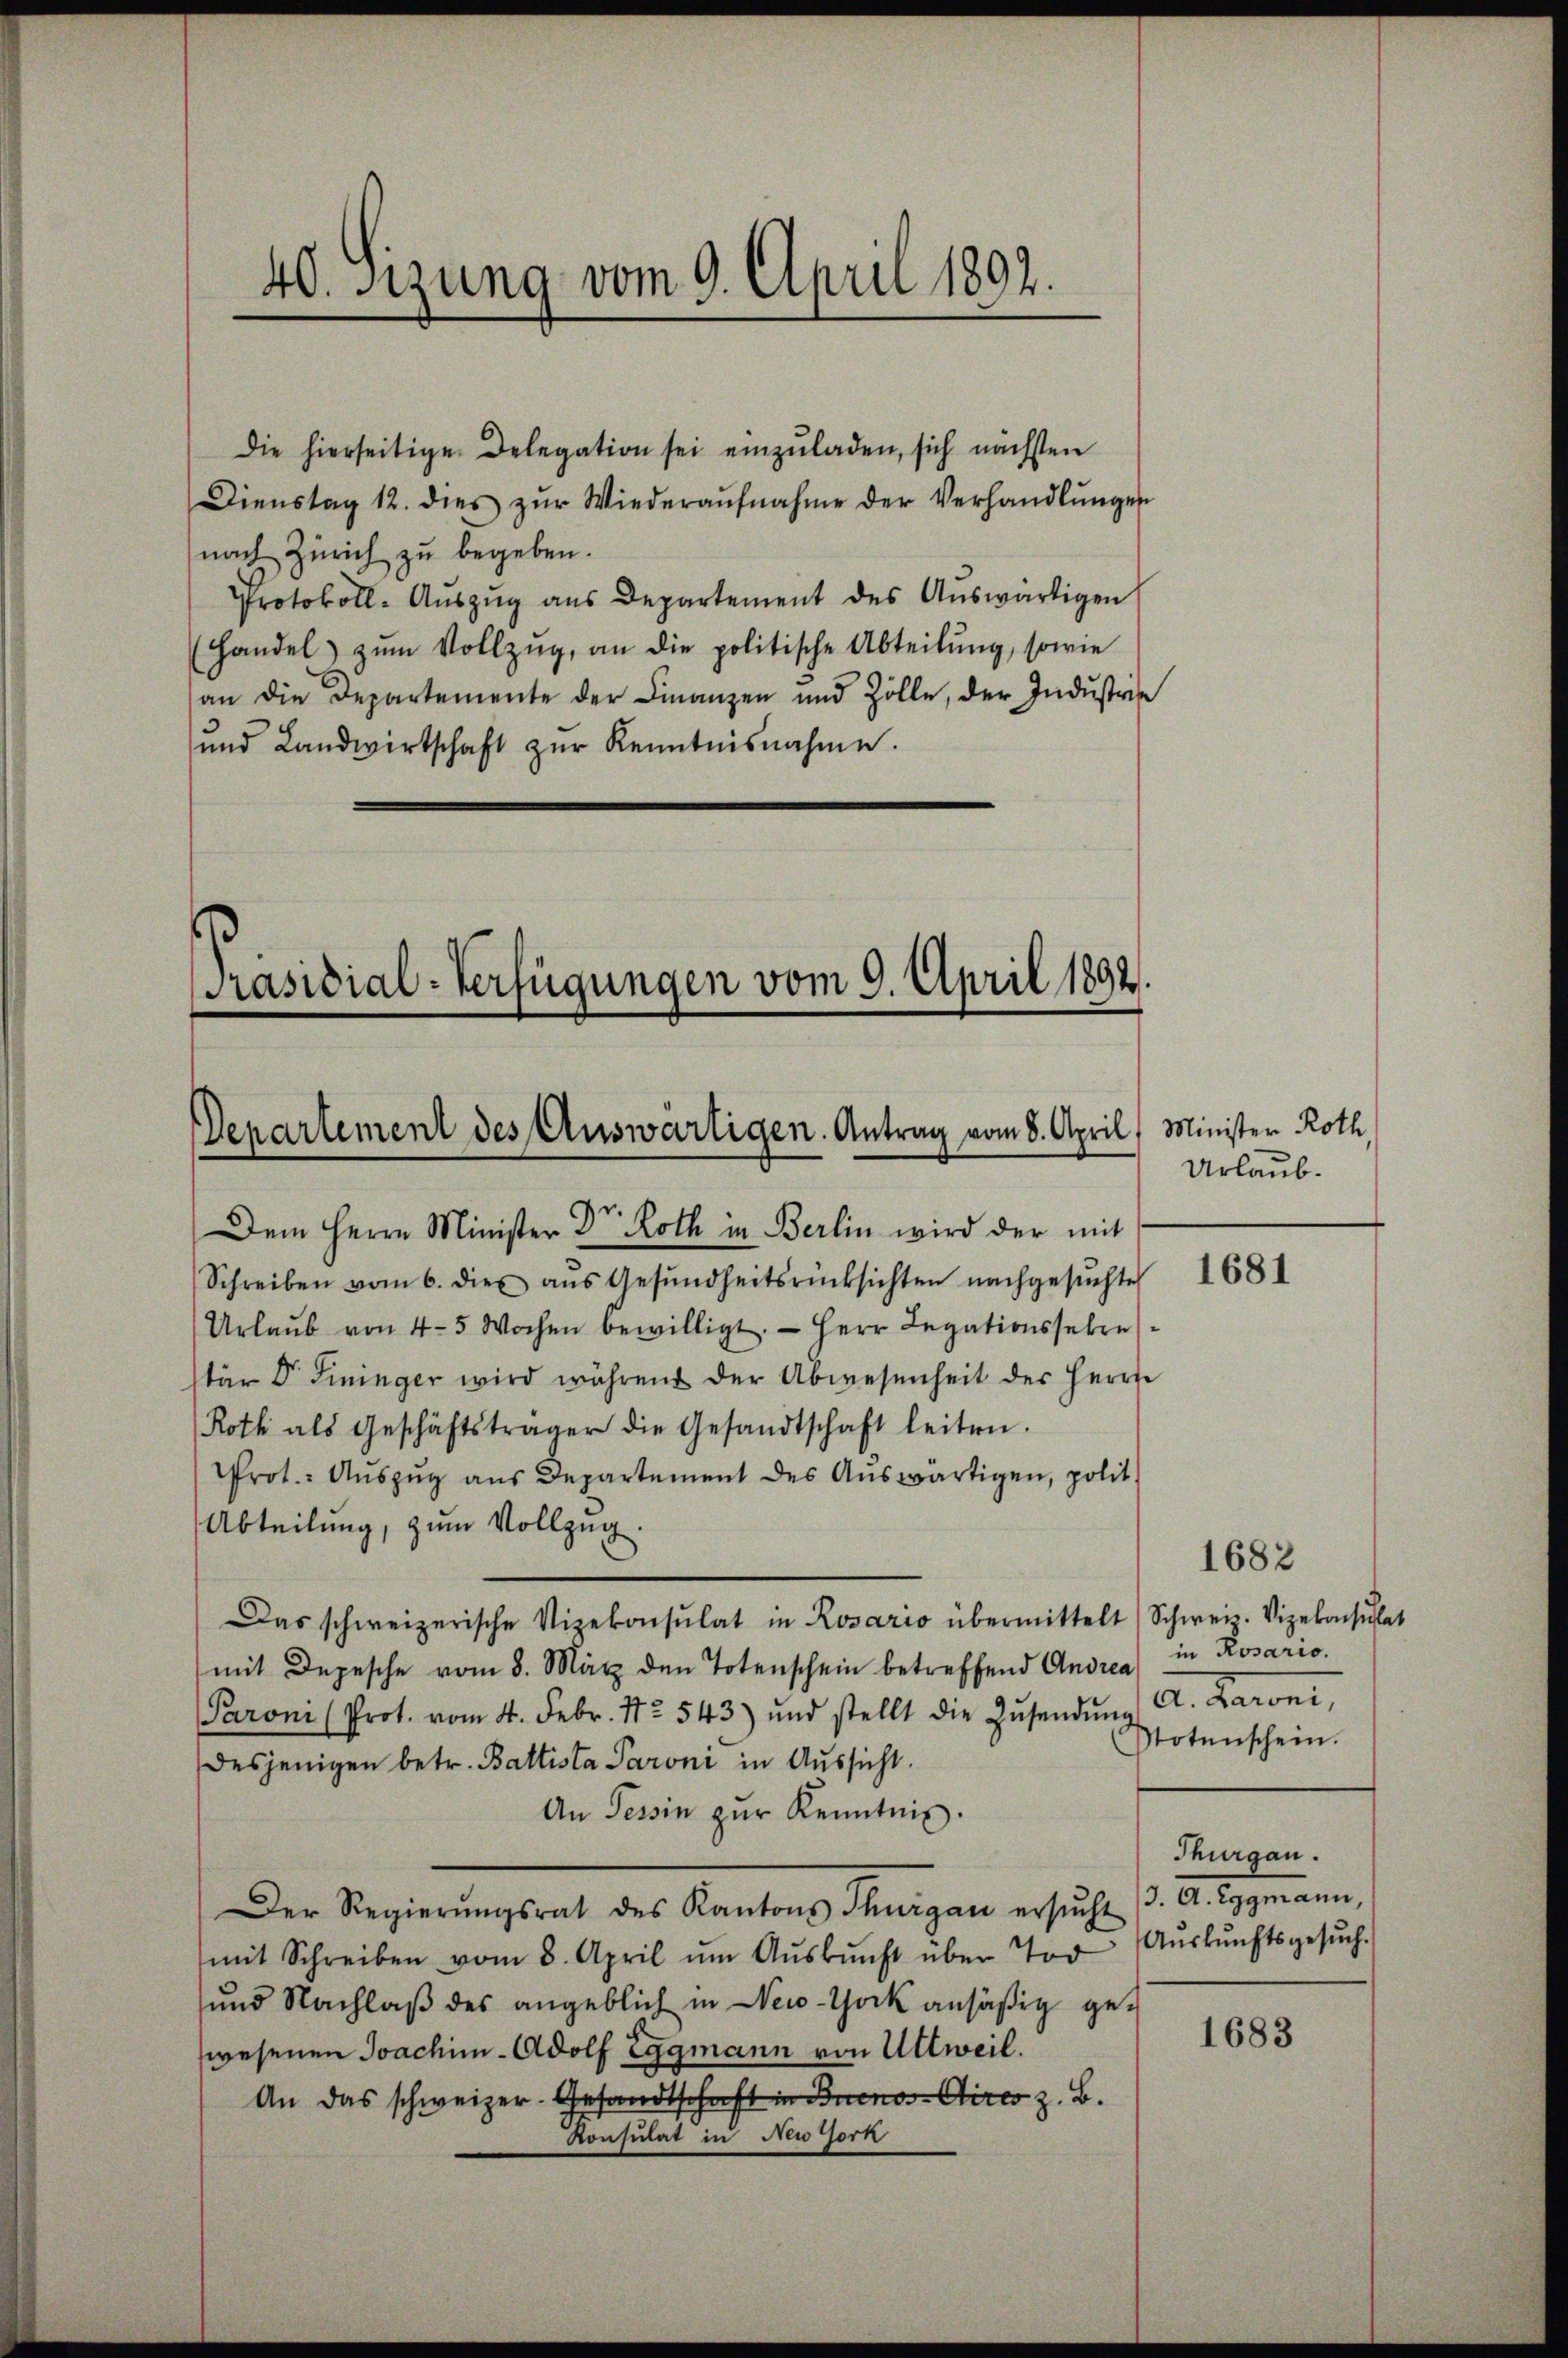
40. Sizung vom 9. April 1892.

Die hierseitige Delegation sei einzuladen, sich nächsten
Dienstag 12. dies zŭr Wiederaŭfnahme der Verhandlŭngen
nach Zürich zu begeben.
Protokoll-Aŭszŭg ans Departement des Aŭswärtigen
(Handel zŭm Vollzŭg, an die politische Abteilŭng, sowie
an die Departemente der Finanzen und Zolle, der Indŭstrie
und Landwirtschaft zŭr Kenntnisnahme.

Präsidial-Verfügungen vom 9. April 1892.
Departement des Auswärtigen. Antrag vom 8. April

Dem Herrn Minister Dr. Roth in Berlin wird der mit
Schreiben vom 6. die aŭs Gesŭndheitsrücksichten nachgesŭchte
Urlaŭb von 4-5 Wochen bewilligt. Herr Legationssekre
tär Dr. Fininger wird während der Abwesenheit des Herrn
Roth als Geschäftsträger die Gesandtschaft leiten.
Prot. Auszug aus Departement des Auswärtigen, polit.
Abteilung, zum Vollzug.
Das schweizerische Vizekonsulat in Rosario übermittelt (Schweiz. Vizekonsulat
mit Depesche vom 8. März den Totenschein betreffend Andreas in Rosario.
Paroni (Prot. vom 4. Febr. 172. 543) und stellt die Zŭsendŭng A. Laroni,
desjenigen betr. Baltista Paroni in Aussicht.
An Tessin zŭr Kenntnis.
Der Regierŭngsrat des Kantons Thurgau ersŭcht (3. A. Eggmann,
mit Schreiben vom 8. April ŭm Aŭskŭnft über Tor Aŭskŭnftsgesŭch.
und Nachlaβ des angeblich in New-York ansäßig gewesenen Joachim - Adolf Eggmann von Altweil.
An das schweizer-Gesandtschaft in Buenos-Aires z. B.
Konsulat in Newtorn

Minister Roth,
Urlaub.

1681

1682
Notenschein.
Thurgau.

1683